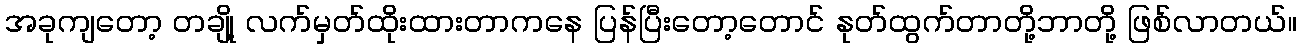
အခုကျတော့ တချို့ လက်မှတ်ထိုးထားတာကနေ ပြန်ပြီးတော့တောင် နုတ်ထွက်တာတို့ဘာတို့ ဖြစ်လာတယ်။